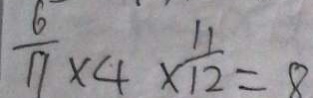
\frac { 6 } { 1 7 } \times 4 \times \frac { 1 1 } { 1 2 } = 8